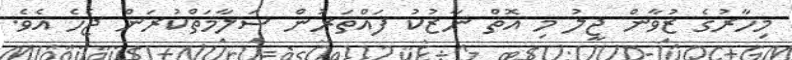
މިހާރުގެ ޒުވާން ޖީލު މި އޮތް ނާޒުކު ފައްތަރުން ސަލާމަތްކުރަން ޖެހެ އެވެ.